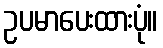
ဥပမာပေးထားပုံ။